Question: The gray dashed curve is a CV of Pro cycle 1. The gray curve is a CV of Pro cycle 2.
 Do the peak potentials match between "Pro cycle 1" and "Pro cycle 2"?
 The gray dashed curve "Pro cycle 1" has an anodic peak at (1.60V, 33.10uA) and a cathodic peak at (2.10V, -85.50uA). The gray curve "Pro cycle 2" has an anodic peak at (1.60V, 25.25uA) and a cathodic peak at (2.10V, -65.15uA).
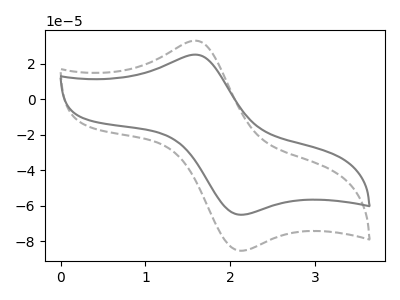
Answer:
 <answer>Yes, "Pro cycle 1" have a peak in "Pro cycle 2" at the same potential.</answer>
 <eval>match</eval>